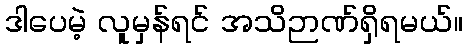
ဒါပေမဲ့ လူမှန်ရင် အသိဉာဏ်ရှိရမယ်။